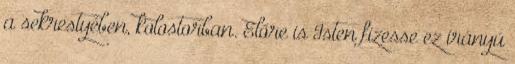
a sekrestyében, kolostorban. Előre is Isten fizesse ez irányú